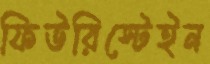
ফিউরিস্টেইন